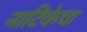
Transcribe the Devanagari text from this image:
नाटिकेचा